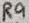
Text: R9